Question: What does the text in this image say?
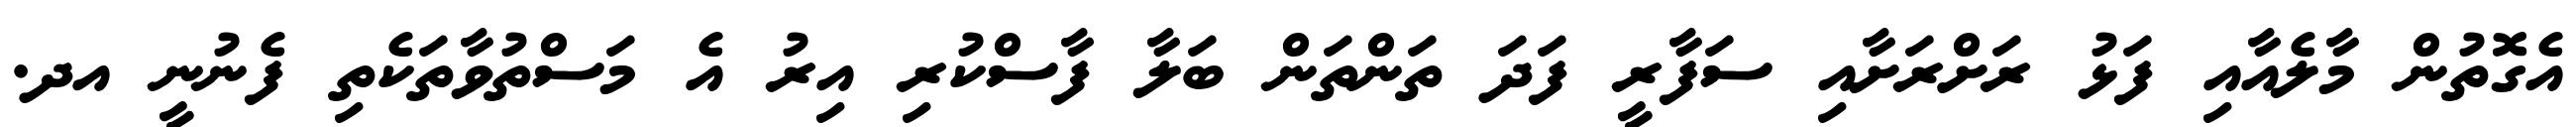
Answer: އެގޮތުން މާލެއާއި ފަޅު ރަށްރަށާއި ސަފާރީ ފަދަ ތަންތަން ބަލާ ފާސްކުރި އިރު އެ މަސްތުވާތަކެތި ފެނުނީ އދ.